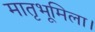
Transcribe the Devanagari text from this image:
मातृभूमिला।